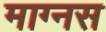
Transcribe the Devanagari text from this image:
माग्नस